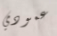
عمودي